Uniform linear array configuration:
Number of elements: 24
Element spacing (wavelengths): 1
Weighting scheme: blackman
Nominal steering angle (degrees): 30
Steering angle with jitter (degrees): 30.973
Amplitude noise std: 0.05
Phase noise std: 0.05

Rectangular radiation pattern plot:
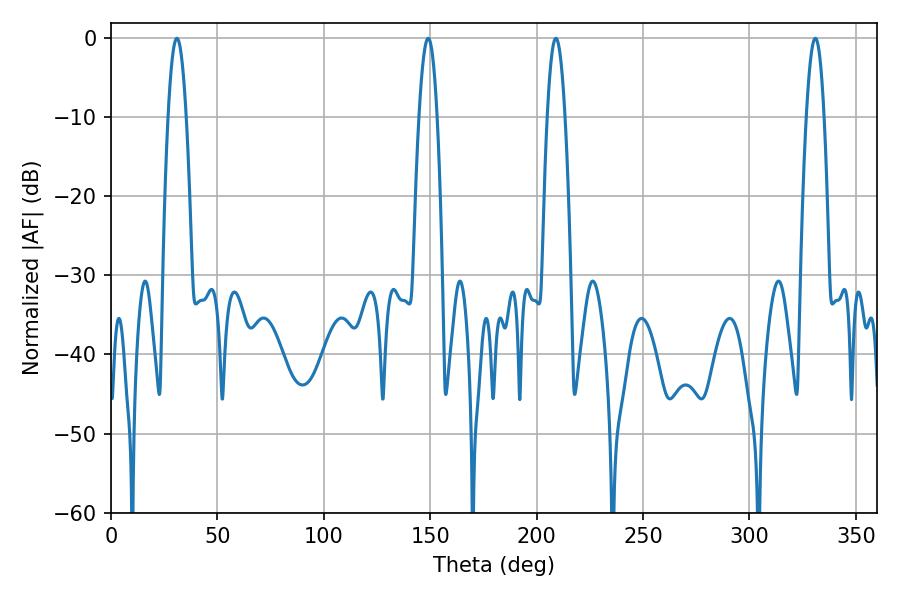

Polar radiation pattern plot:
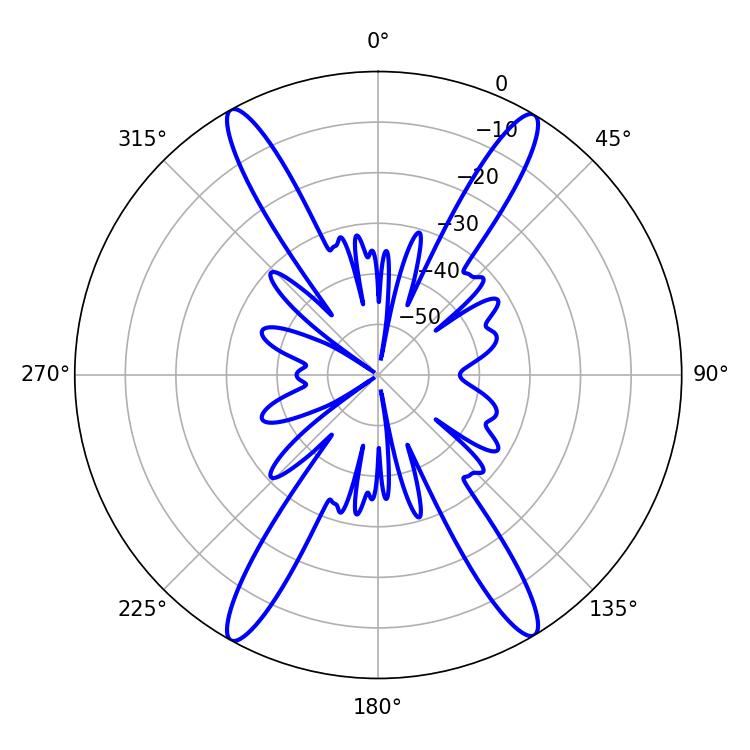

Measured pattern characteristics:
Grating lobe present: TRUE
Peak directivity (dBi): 24.601
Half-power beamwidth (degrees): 4.68
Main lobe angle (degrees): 30.96